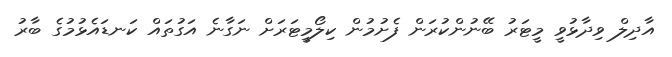
އާދިލް ވިދާޅުވީ މީޓަރު ބޭނުންކުރަން ފެށުމުން ކިލޯމީޓަރަށް ނަގާނެ އަގުތައް ކަނޑައެޅުމުގެ ބާރު